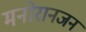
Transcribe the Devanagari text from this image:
मनोरानजन